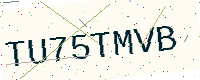
Text: TU75TMVB